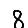
Digit: 8